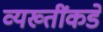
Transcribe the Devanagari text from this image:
व्यख्तींकडे